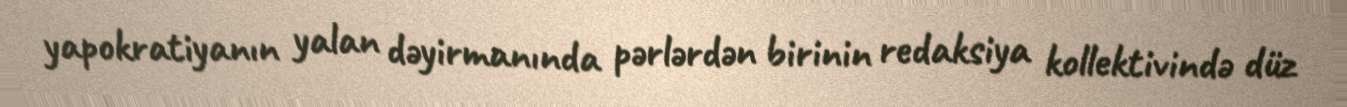
yapokratiyanın yalan dəyirmanında pərlərdən birinin redaksiya kollektivində düz